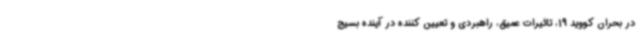
در بحران کووید 19، تاثیرات عمیق، راهبردی و تعیین کننده در آینده بسیج